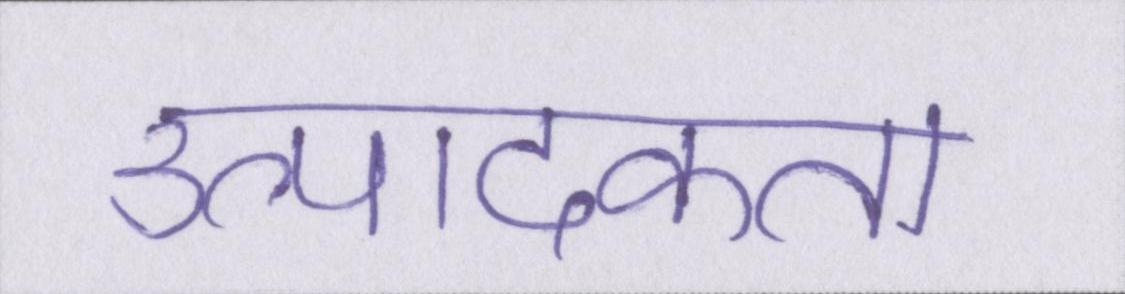
उत्पादकता